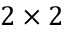
2 \times 2